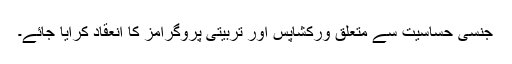
جنسی حساسیت سے متعلق ورکشاپس اور تربیتی پروگرامز کا انعقاد کرایا جائے۔